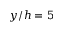
y / h = 5